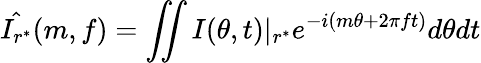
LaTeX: \hat{I_{r^{*}}}(m,f)=\iint I(\theta,t)|_{r^{*}}e^{-i(m\theta+2\pi ft)}d\theta dt